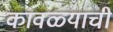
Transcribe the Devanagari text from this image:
कावळ्यांची